V__Kingissepa_nim__kolhoos, lk 25
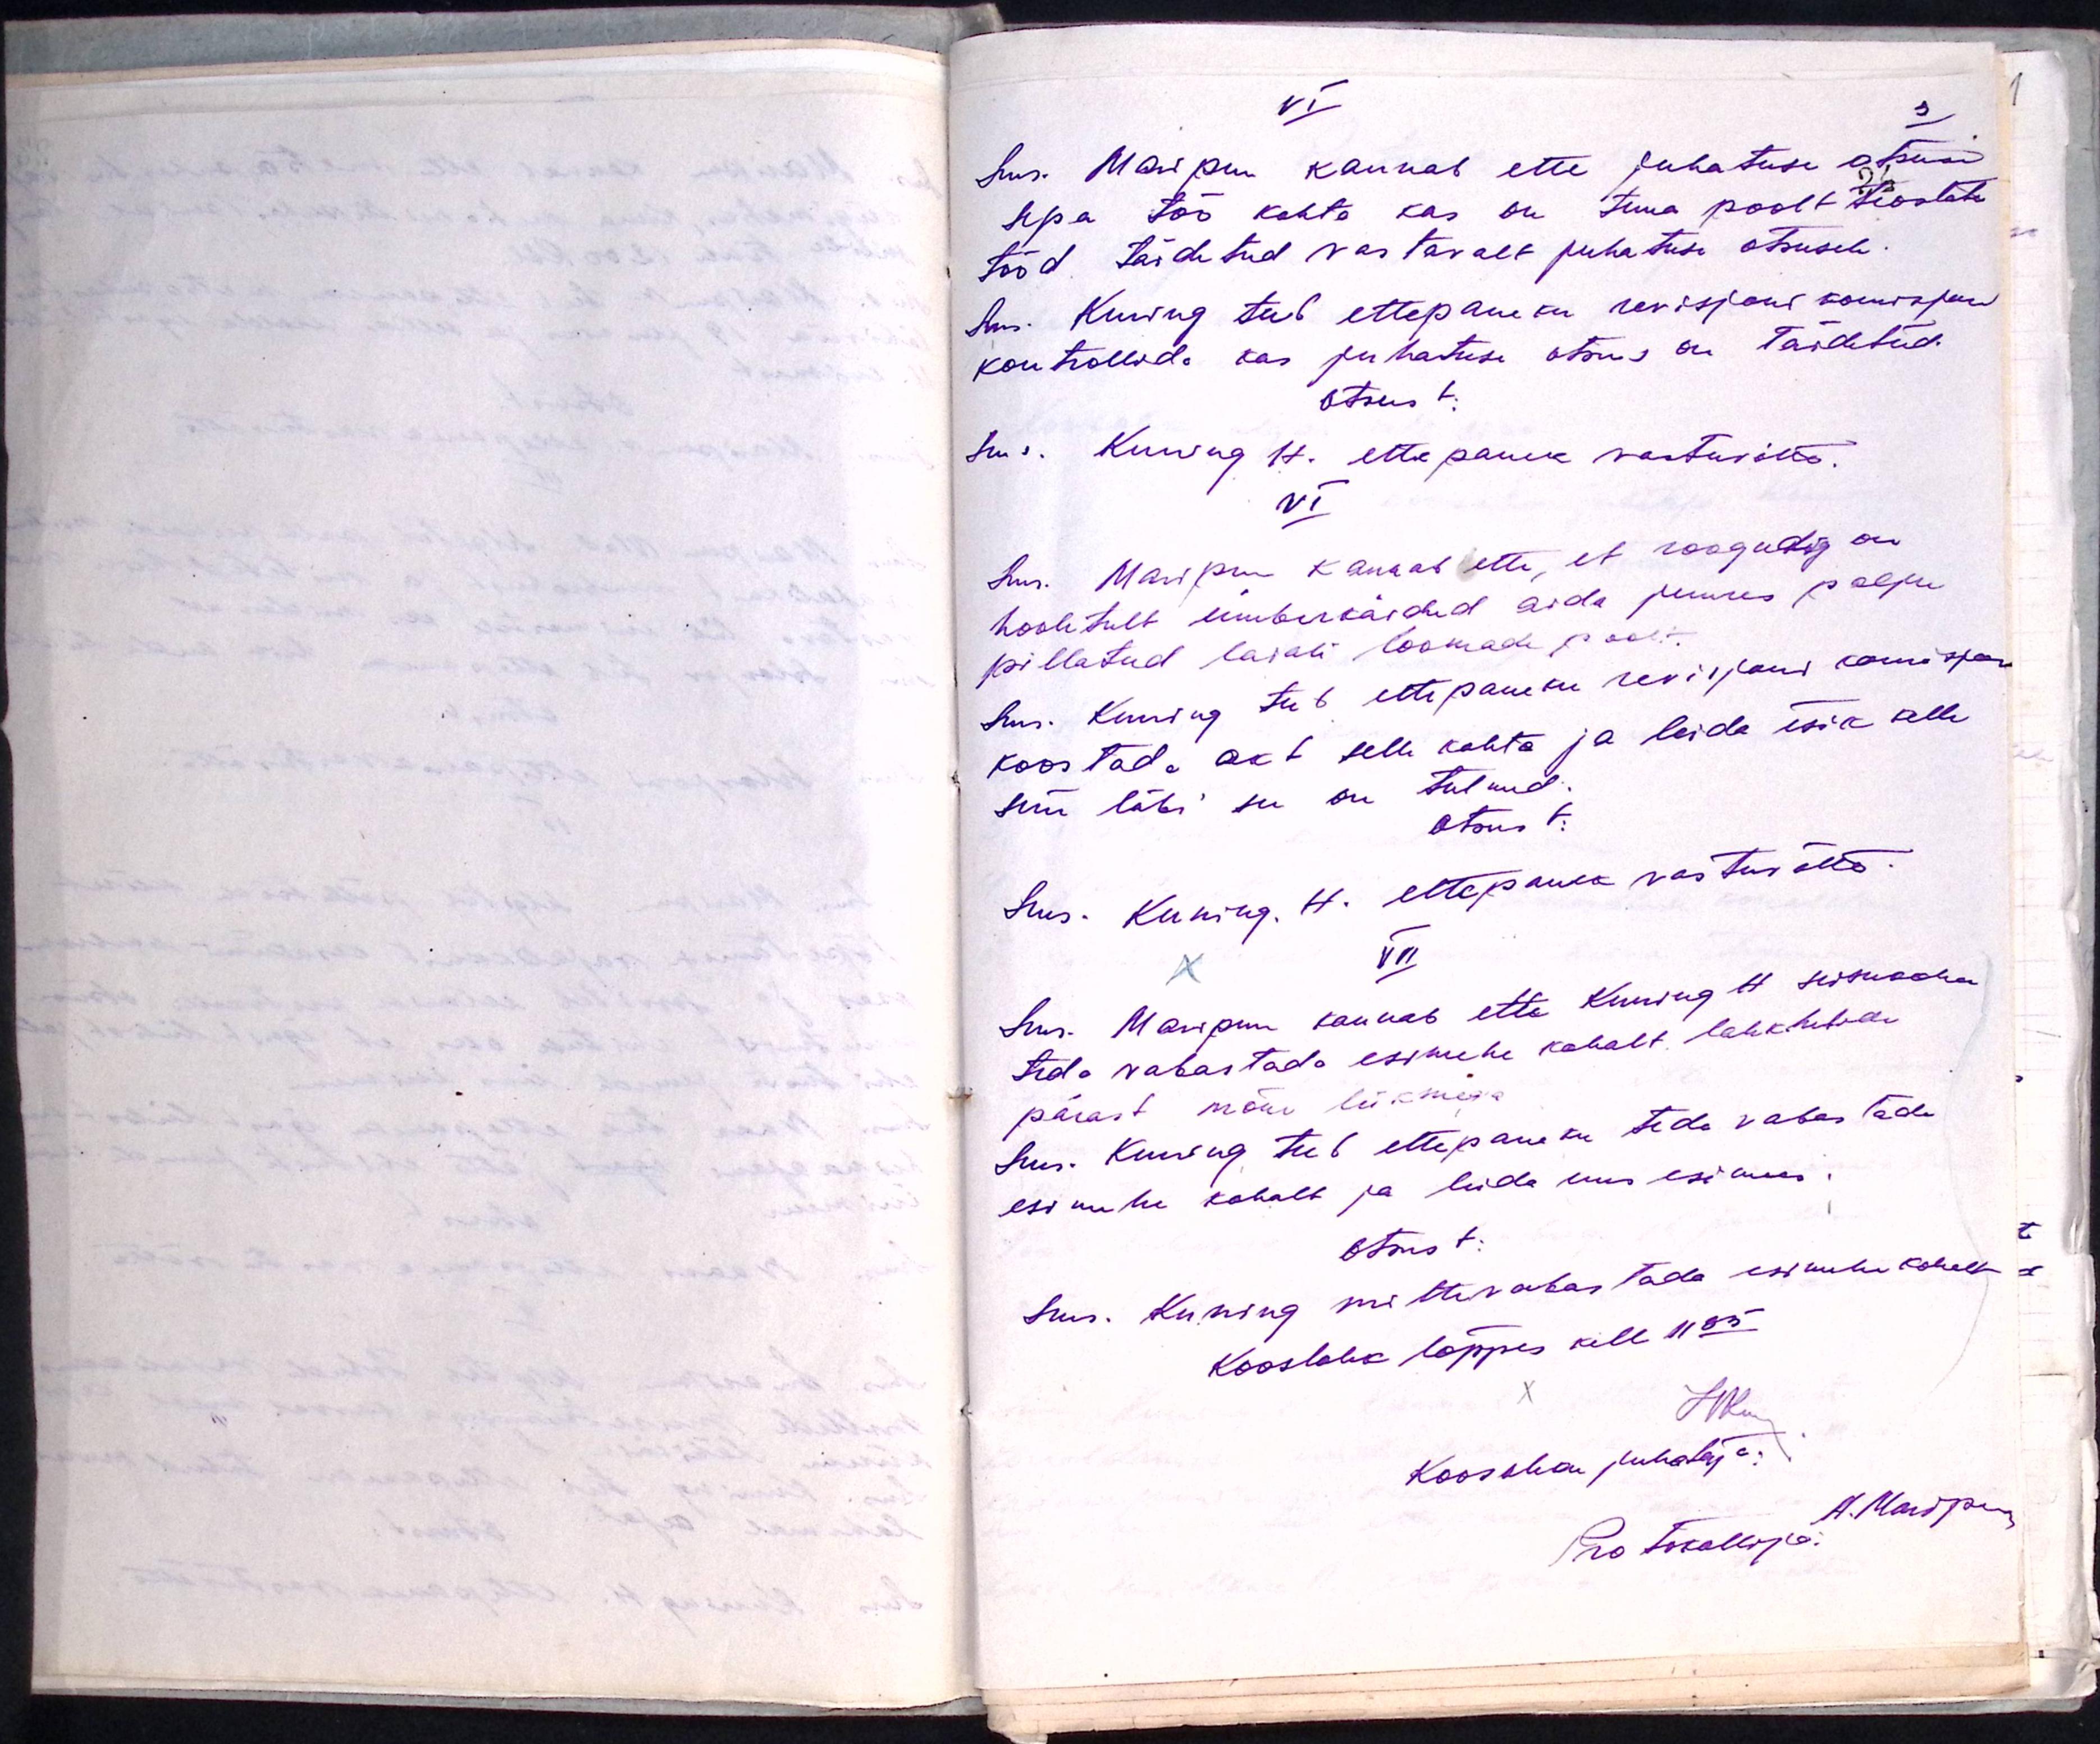
VI
Sms. Maripuu kannab ette juhatuse otsuse
sepa töö kohta kas on tema poolt teostatud
tööd täidetud vastavalt juhatuse otsusele.
Sm. Kuning teeb ettepaneku revisjoni komisjoni
kontrollida kas juhatuse otsus on täidetud.
Otsust:
Sms. Kuning H. ettepanek vastuvõtta.
VI
Sms. Maripuu kannab ette, et roogudes on
hoolitult ümberkäidud aida juures palju
pillatud laiali loomade poolt.
Sms. Kuning teeb ettepaneku revisjoni komisjoni
koostada akt selle kohta ja leida isik kelle
süü läbi see on tulnud.
Otsust:
Sms. Kuning. H. ettepanek vastuvõetud
VII
Sms. Maripuu kannab ette Kuning H seisukoha
teda vabastada esimehe kohalt lahkuda
pärast mõne liikmega
Sms. Kuning teeb ettepaneku teda vabastada
esimehe kohalt ja leida uus esimees
Otsust:
Sms. Kuning mittevabastada esimehe kohalt.
Kooslolek lõppes kell 11.35
Mu
Koosoleku juhataja:
Protokollija A. Mari pan,